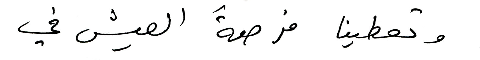
وتعطينا فرصةَ العيش في